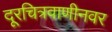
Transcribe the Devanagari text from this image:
दूरचित्रवाणीनवर